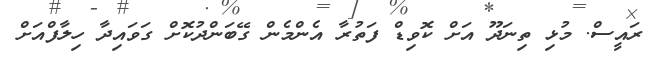
ރައީސް. މުޅި ތިނަދޫ އަށް ކޮވިޑް ފަތުރާ އެންމެން ގޭބަންދުކޮށް ގަވައިދާ ހިލާފްއަށް